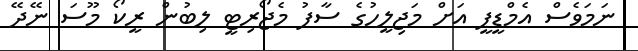
ނަމަވެސް އެމްޑީޕީ އަށް މަޖިލީހުގެ ސާފު މެޖޯރިޓީ ލިބުން ރީކޯ މޫސަ ނޭދޭ